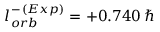
l _ { o r b } ^ { - \, ( E x p ) } = + 0 . 7 4 0 \, \hbar